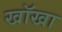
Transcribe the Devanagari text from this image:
खॉखा